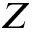
Z